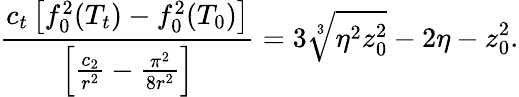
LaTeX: \frac{c_{t}\left[f_{0}^{2}(T_{t})-f_{0}^{2}(T_{0})\right]}{\left[\frac{c_{2}}{r^{2}}-\frac{\pi^{2}}{8r^{2}}\right]}=3\sqrt[3]{\eta^{2}z_{0}^{2}}-2\eta-z_{0}^{2}.